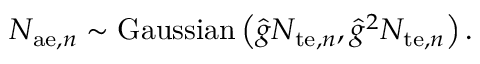
N _ { \mathrm { a e } , n } \sim \mathrm { G a u s s i a n } \left( \hat { g } N _ { \mathrm { t e } , n } , \hat { g } ^ { 2 } N _ { \mathrm { t e } , n } \right) .